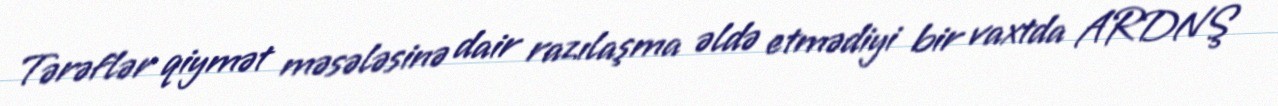
Tərəflər qiymət məsələsinə dair razılaşma əldə etmədiyi bir vaxtda ARDNŞ